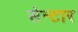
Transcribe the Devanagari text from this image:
सेन्टार